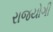
રાજયોગી